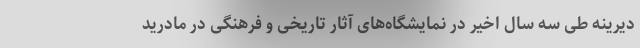
دیرینه طی سه سال اخیر در نمایشگاه‌های آثار تاریخی و فرهنگی در مادرید